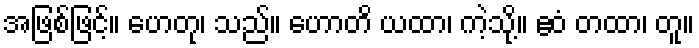
အဖြစ်ဖြင့်။ ဟေတု၊ သည်။ ဟောတိ ယထာ၊ ကဲ့သို့။ ဧဝံ တထာ၊ တူ။